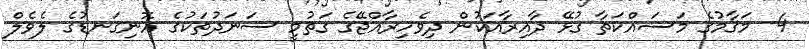
4- މަޤާމުގެ މަސައްކަތާ ގުޅޭ ދާއިރާއަކުން ދިވެހިރާއްޖޭގެ ގަތުމީ ސަނަދުތަކުގެ އޮނިގަނޑުގެ ލެވެލް